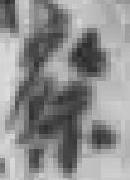
察